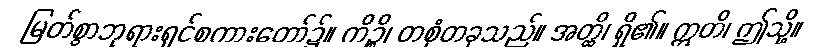
မြတ်စွာဘုရားရှင်စကားတော်၌။ ကိဉ္စိ၊ တစုံတခုသည်။ အတ္ထိ၊ ရှိ၏။ ဣတိ၊ ဤသို့။